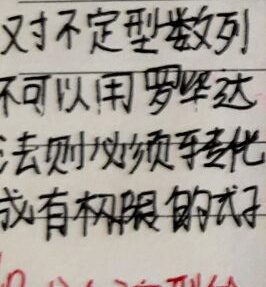
对不定型数列
不可以用罗毕达
法则,必须先转化
成有极限的式子